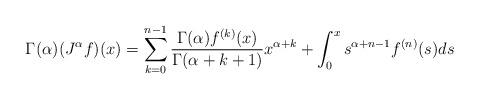
LaTeX: \begin{align*} \Gamma(\alpha)(J^\alpha f)(x)=\sum_{k=0}^{n-1}\frac{\Gamma(\alpha)f^{(k)}(x)}{\Gamma(\alpha+k+1)}x^{\alpha+k}+\int_0^xs^{\alpha+n-1}f^{(n)}(s)ds\end{align*}